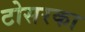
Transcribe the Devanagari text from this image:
टोसरका